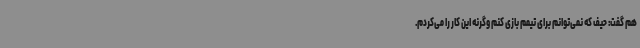
هم گفت: حیف که نمی‌توانم برای تیمم بازی کنم وگرنه این کار را می‌کردم.